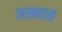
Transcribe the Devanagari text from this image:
अख्यात